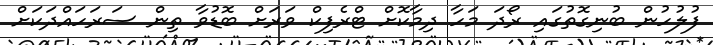
ފުލުހުން ބުނިގޮތުގައި ރޯދަ މަހާ ދިމާކޮށް ޓްރެފިކް ވަރަށް ބޮޑުވާ ތިން ސަރަހައްދަކަށް